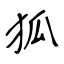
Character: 狐